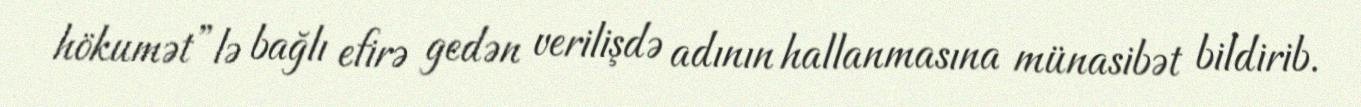
hökumət”lə bağlı efirə gedən verilişdə adının hallanmasına münasibət bildirib.